Vaccination North-Western Provinces and Oudh 1896-1901 - 1896-1901
Year: 1896
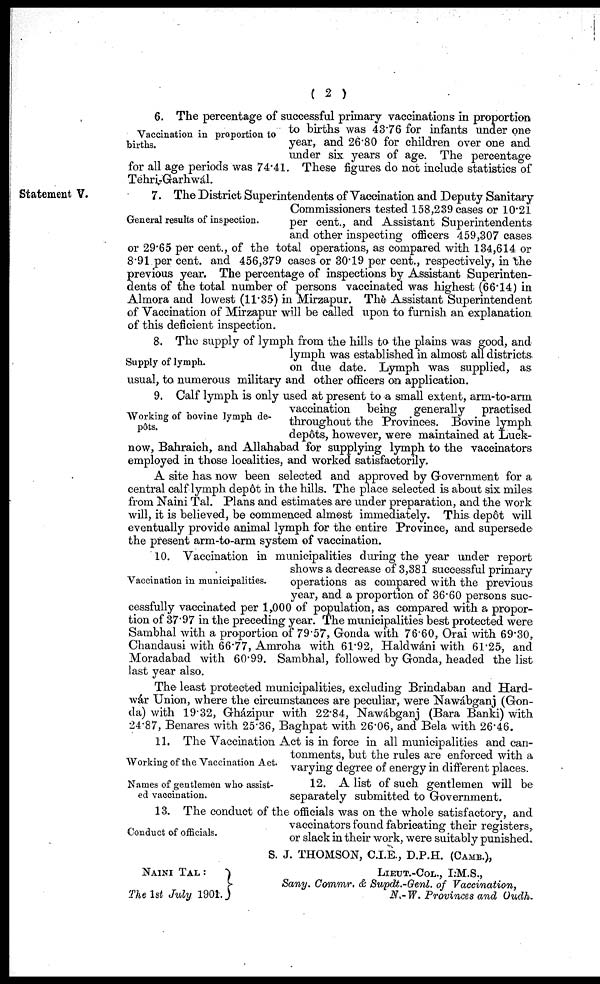
( 2 )
Vaccination in proportion to
births.
6. The percentage of successful primary vaccinations in proportion
to births was 43.76 for infants under one
year, and 26.80 for children over one and
under six years of age. The percentage
for all age periods was 74.41. These figures do not include statistics of
Tehri-Garhwál.
Statement V.
General results of inspection.
7. The District Superintendents of Vaccination and Deputy Sanitary
Commissioners tested 158,239 cases or 10.21
per cent., and Assistant Superintendents
and other inspecting officers 459,307 cases
or 29.65 per cent., of the total operations, as compared with 134,614 or
8.91 per cent. and 456,379 cases or 30.19 per cent., respectively, in the
previous year. The percentage of inspections by Assistant Superinten-
dents of the total number of persons vaccinated was highest (66.14) in
Almora and lowest (11.35) in Mirzapur. The Assistant Superintendent
of Vaccination of Mirzapur will be called upon to furnish an explanation
of this deficient inspection.
Supply of lymph.
8. The supply of lymph from the hills to the plains was good, and
lymph was established in almost all districts
on due date. Lymph was supplied, as
usual, to numerous military and other officers on application.
Working of bovine lymph de-
pôts.
9. Calf lymph is only used at present to a small extent, arm-to-arm
vaccination being generally practised
throughout the Provinces. Bovine lymph
depôts, however, were maintained at Luck-
now, Bahraich, and Allahabad for supplying lymph to the vaccinators
employed in those localities, and worked satisfactorily.
A site has now been selected and approved by Government for a
central calf lymph depôt in the hills. The place selected is about six miles
from Naini Tal. Plans and estimates are under preparation, and the work
will, it is believed, be commenced almost immediately. This depôt will
eventually provide animal lymph for the entire Province, and supersede
the present arm-to-arm system of vaccination.
Vaccination in municipalities.
10. Vaccination in municipalities during the year under report
shows a decrease of 3,381 successful primary
operations as compared with the previous
year, and a proportion of 36.60 persons suc-
cessfully vaccinated per 1,000 of population, as compared with a propor-
tion of 37.97 in the preceding year. The municipalities best protected were
Sambhal with a proportion of 79.57, Gonda with 76.60, Orai with 69.30,
Chandausi with 66.77, Amroha with 61.92, Haldwáni with 61.25, and
Moradabad with 60.99. Sambhal, followed by Gonda, headed the list
last year also.
The least protected municipalities, excluding Brindaban and Hard-
wár Union, where the circumstances are peculiar, were Nawábganj (Gon-
da) with 19.32, Gházipur with 22.84, Nawábganj (Bara Banki) with
24.87, Benares with 25.36, Baghpat with 26.06, and Bela with 26.46.
Working of the Vaccination Act.
11. The Vaccination Act is in force in all municipalities and can-
tonments, but the rules are enforced with a
varying degree of energy in different places.
Names of gentlemen who assist-
ed vaccination.
12. A list of such gentlemen will be
separately submitted to Government.
Conduct of officials.
13. The conduct of the officials was on the whole satisfactory, and
vaccinators found fabricating their registers,
or slack in their work, were suitably punished.
NAINI TAL :
The 1st July 1901.
S. J. THOMSON, C.I.E., D.P.H. (CAMB.),
LIEUT.-COL., I.M.S.,
Sany. Commr. & Supdt.-Genl. of Vaccination,
N.-W. Provinces and Oudh.